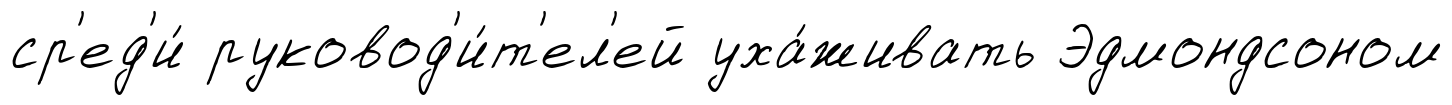
ср'ед'и́ руковод'и́т'ел'ей уха́живать Эдмондсоном